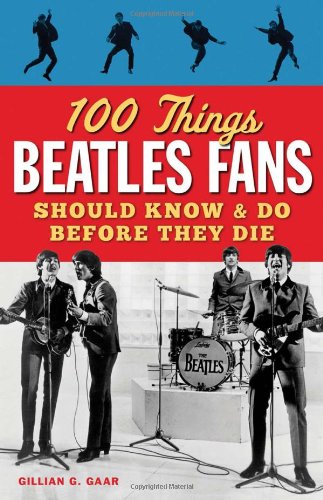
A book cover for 100 Things Beatles Fans Should Know & Do Before They Die (100 Things...Fans Should Know); Gillian G. Gaar; Humor & Entertainment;